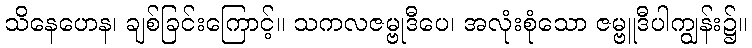
သိနေဟေန၊ ချစ်ခြင်းကြောင့်။ သကလဇမ္ဗုဒီပေ၊ အလုံးစုံသော ဇမ္ဗူဒီပါကျွန်း၌။